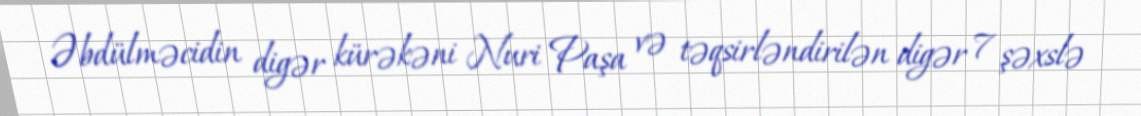
Əbdülməcidin digər kürəkəni Nuri Paşa və təqsirləndirilən digər 7 şəxslə